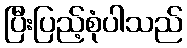
ပြီးပြည့်စုံပါသည်